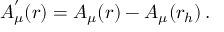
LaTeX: A _ { \mu } ^ { ' } ( r ) = A _ { \mu } ( r ) - A _ { \mu } ( r _ { h } ) \, .